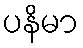
ပနိမာ